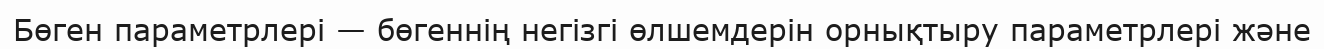
Бөген параметрлері — бөгеннің негізгі өлшемдерін орнықтыру параметрлері және